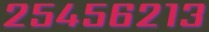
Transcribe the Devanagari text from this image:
२५४५६२१३